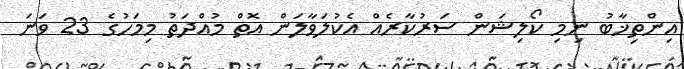
އިންތިޚާބު ނިމި ކޯލިޝަން ސަރުކާރެއް އެކުލަވާލަން އޮތް މުއްދަތު މިމަހުގެ 23 ވަނަ